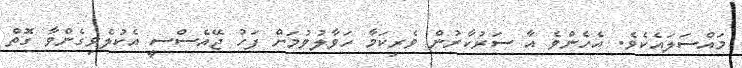
މައްސަލައެކެވެ. އެހެންވެ އާ ސަރުކާރުން ވެރިކަމާ ހަވާލުވުމަށް ފަހު ޖޭއެސްސީ އެކުލެވިގެންވާ ގޮތް